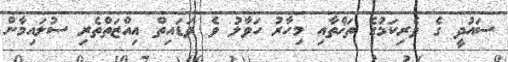
ސައުދީ ގެ ވެރިކަމުގެ ތަޚްތާއި މިހާރު ހަވާލު ވެ ވަޑައިތް އިއްޒަތްތެރި ސުލައިމާން